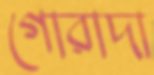
গোরাদা